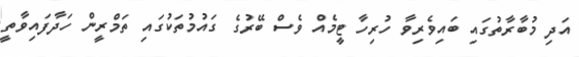
އަދި މުބާރާތުގައި ބައިވެރިވާ ހުރިހާ ޓީމެއް ވެސް ބޭރުގެ ގައުމުތަކުގައި ތަމްރީން ހަދާފައިވާތީ